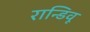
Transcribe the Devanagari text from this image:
रान्डिवू